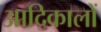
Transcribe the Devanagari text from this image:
आदिकालों